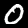
Digit: 0